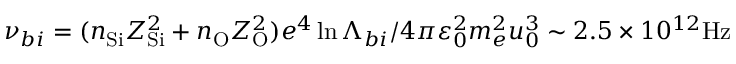
\nu _ { b i } = ( n _ { \mathrm { S i } } Z _ { \mathrm { S i } } ^ { 2 } + n _ { \mathrm { O } } Z _ { \mathrm { O } } ^ { 2 } ) e ^ { 4 } \ln \Lambda _ { b i } / 4 \pi \varepsilon _ { 0 } ^ { 2 } m _ { e } ^ { 2 } u _ { 0 } ^ { 3 } \sim 2 . 5 \times 1 0 ^ { 1 2 } \mathrm { H z }